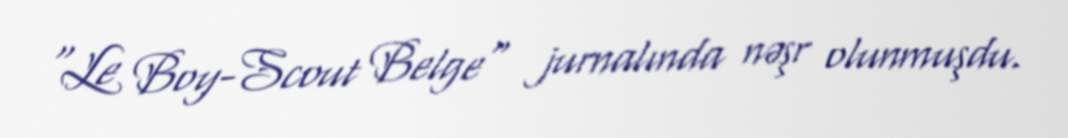
"Le Boy-Scout Belge" jurnalında nəşr olunmuşdu.